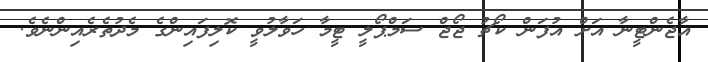
އާޖެންޓީނާ އަށް އުފަން ކޯޗު ޖޯޖް ސަމްޕޯލީ ޓީމާ ހަވާލުވީ ކޮލިފައިންގެ މެދުތެރެއިންނެވެ.